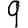
Digit: 9